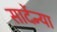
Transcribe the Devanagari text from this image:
सार्देन्या